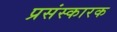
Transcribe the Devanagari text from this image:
प्रसंस्कारक